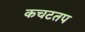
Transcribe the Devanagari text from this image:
कचटतप